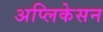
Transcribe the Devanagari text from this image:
अप्लिकेसन